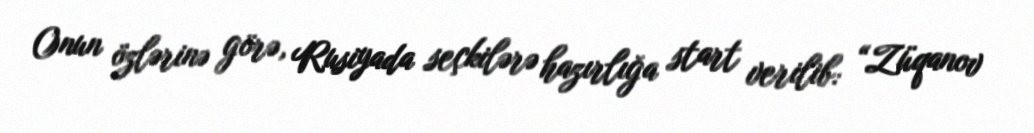
Onun özlərinə görə, Rusiyada seçkilərə hazırlığa start verilib: “Züqanov